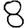
Digit: 8